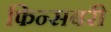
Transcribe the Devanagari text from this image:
फिन्सबरी